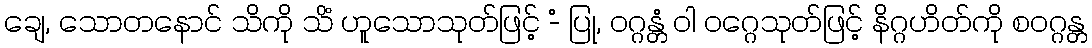
ချေ, သောတနောင် သိကို သိံ ဟူသောသုတ်ဖြင့် -ံ ပြု, ဝဂ္ဂန္တံ ဝါ ဝဂ္ဂေသုတ်ဖြင့် နိဂ္ဂဟိတ်ကို စဝဂ္ဂန္တ